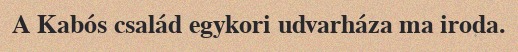
A Kabós család egykori udvarháza ma iroda.